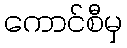
ကောင်စီမှ